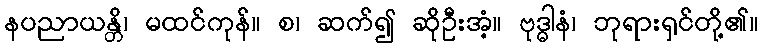
နပညာယန္တိ၊ မထင်ကုန်။ စ၊ ဆက်၍ ဆိုဦးအံ့။ ဗုဒ္ဓါနံ၊ ဘုရားရှင်တို့၏။